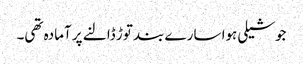
جوشیلی ہوا سارے بند توڑ ڈالنے پر آمادہ تھی۔